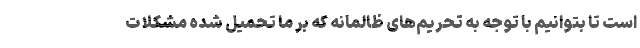
است تا بتوانیم با توجه به تحریم‌های ظالمانه که بر ما تحمیل شده مشکلات